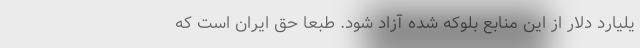
یلیارد دلار از این منابع بلوکه شده آزاد شود. طبعاً حق ایران است که